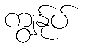
ကျွနု်ပ်